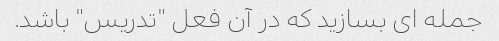
جمله ای بسازید که در آن فعل "تدریس" باشد.